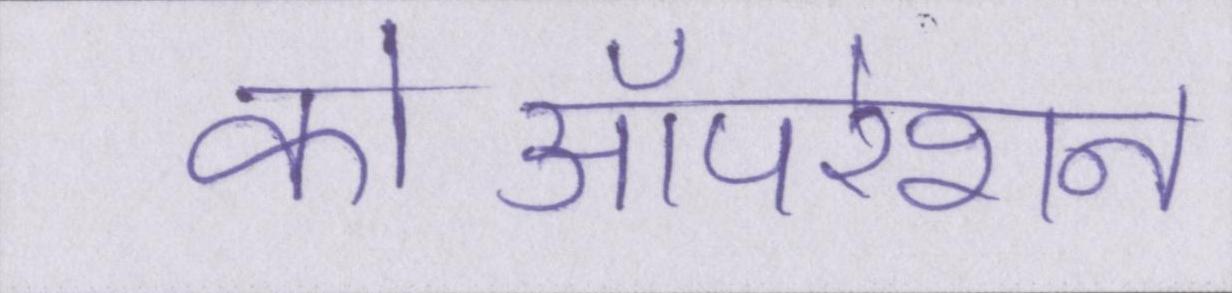
कोऑपरेशन